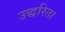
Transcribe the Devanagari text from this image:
उद्धरिता